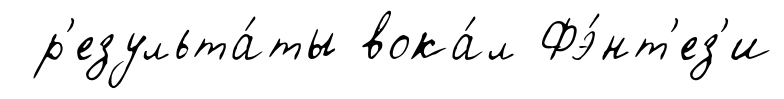
р'езульта́ты вока́л Фэ́нт'ез'и